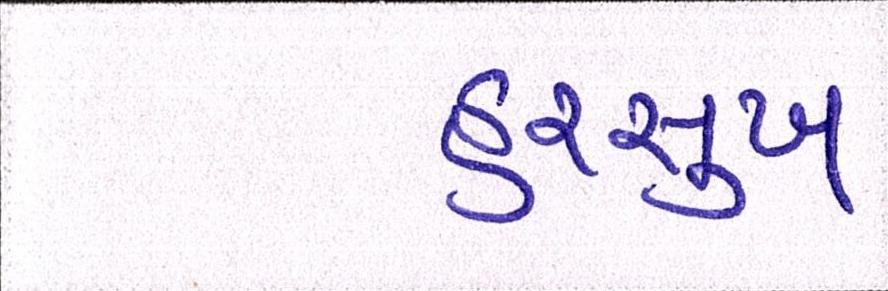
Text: હરસુખ